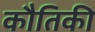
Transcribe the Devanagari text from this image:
कौतिकी